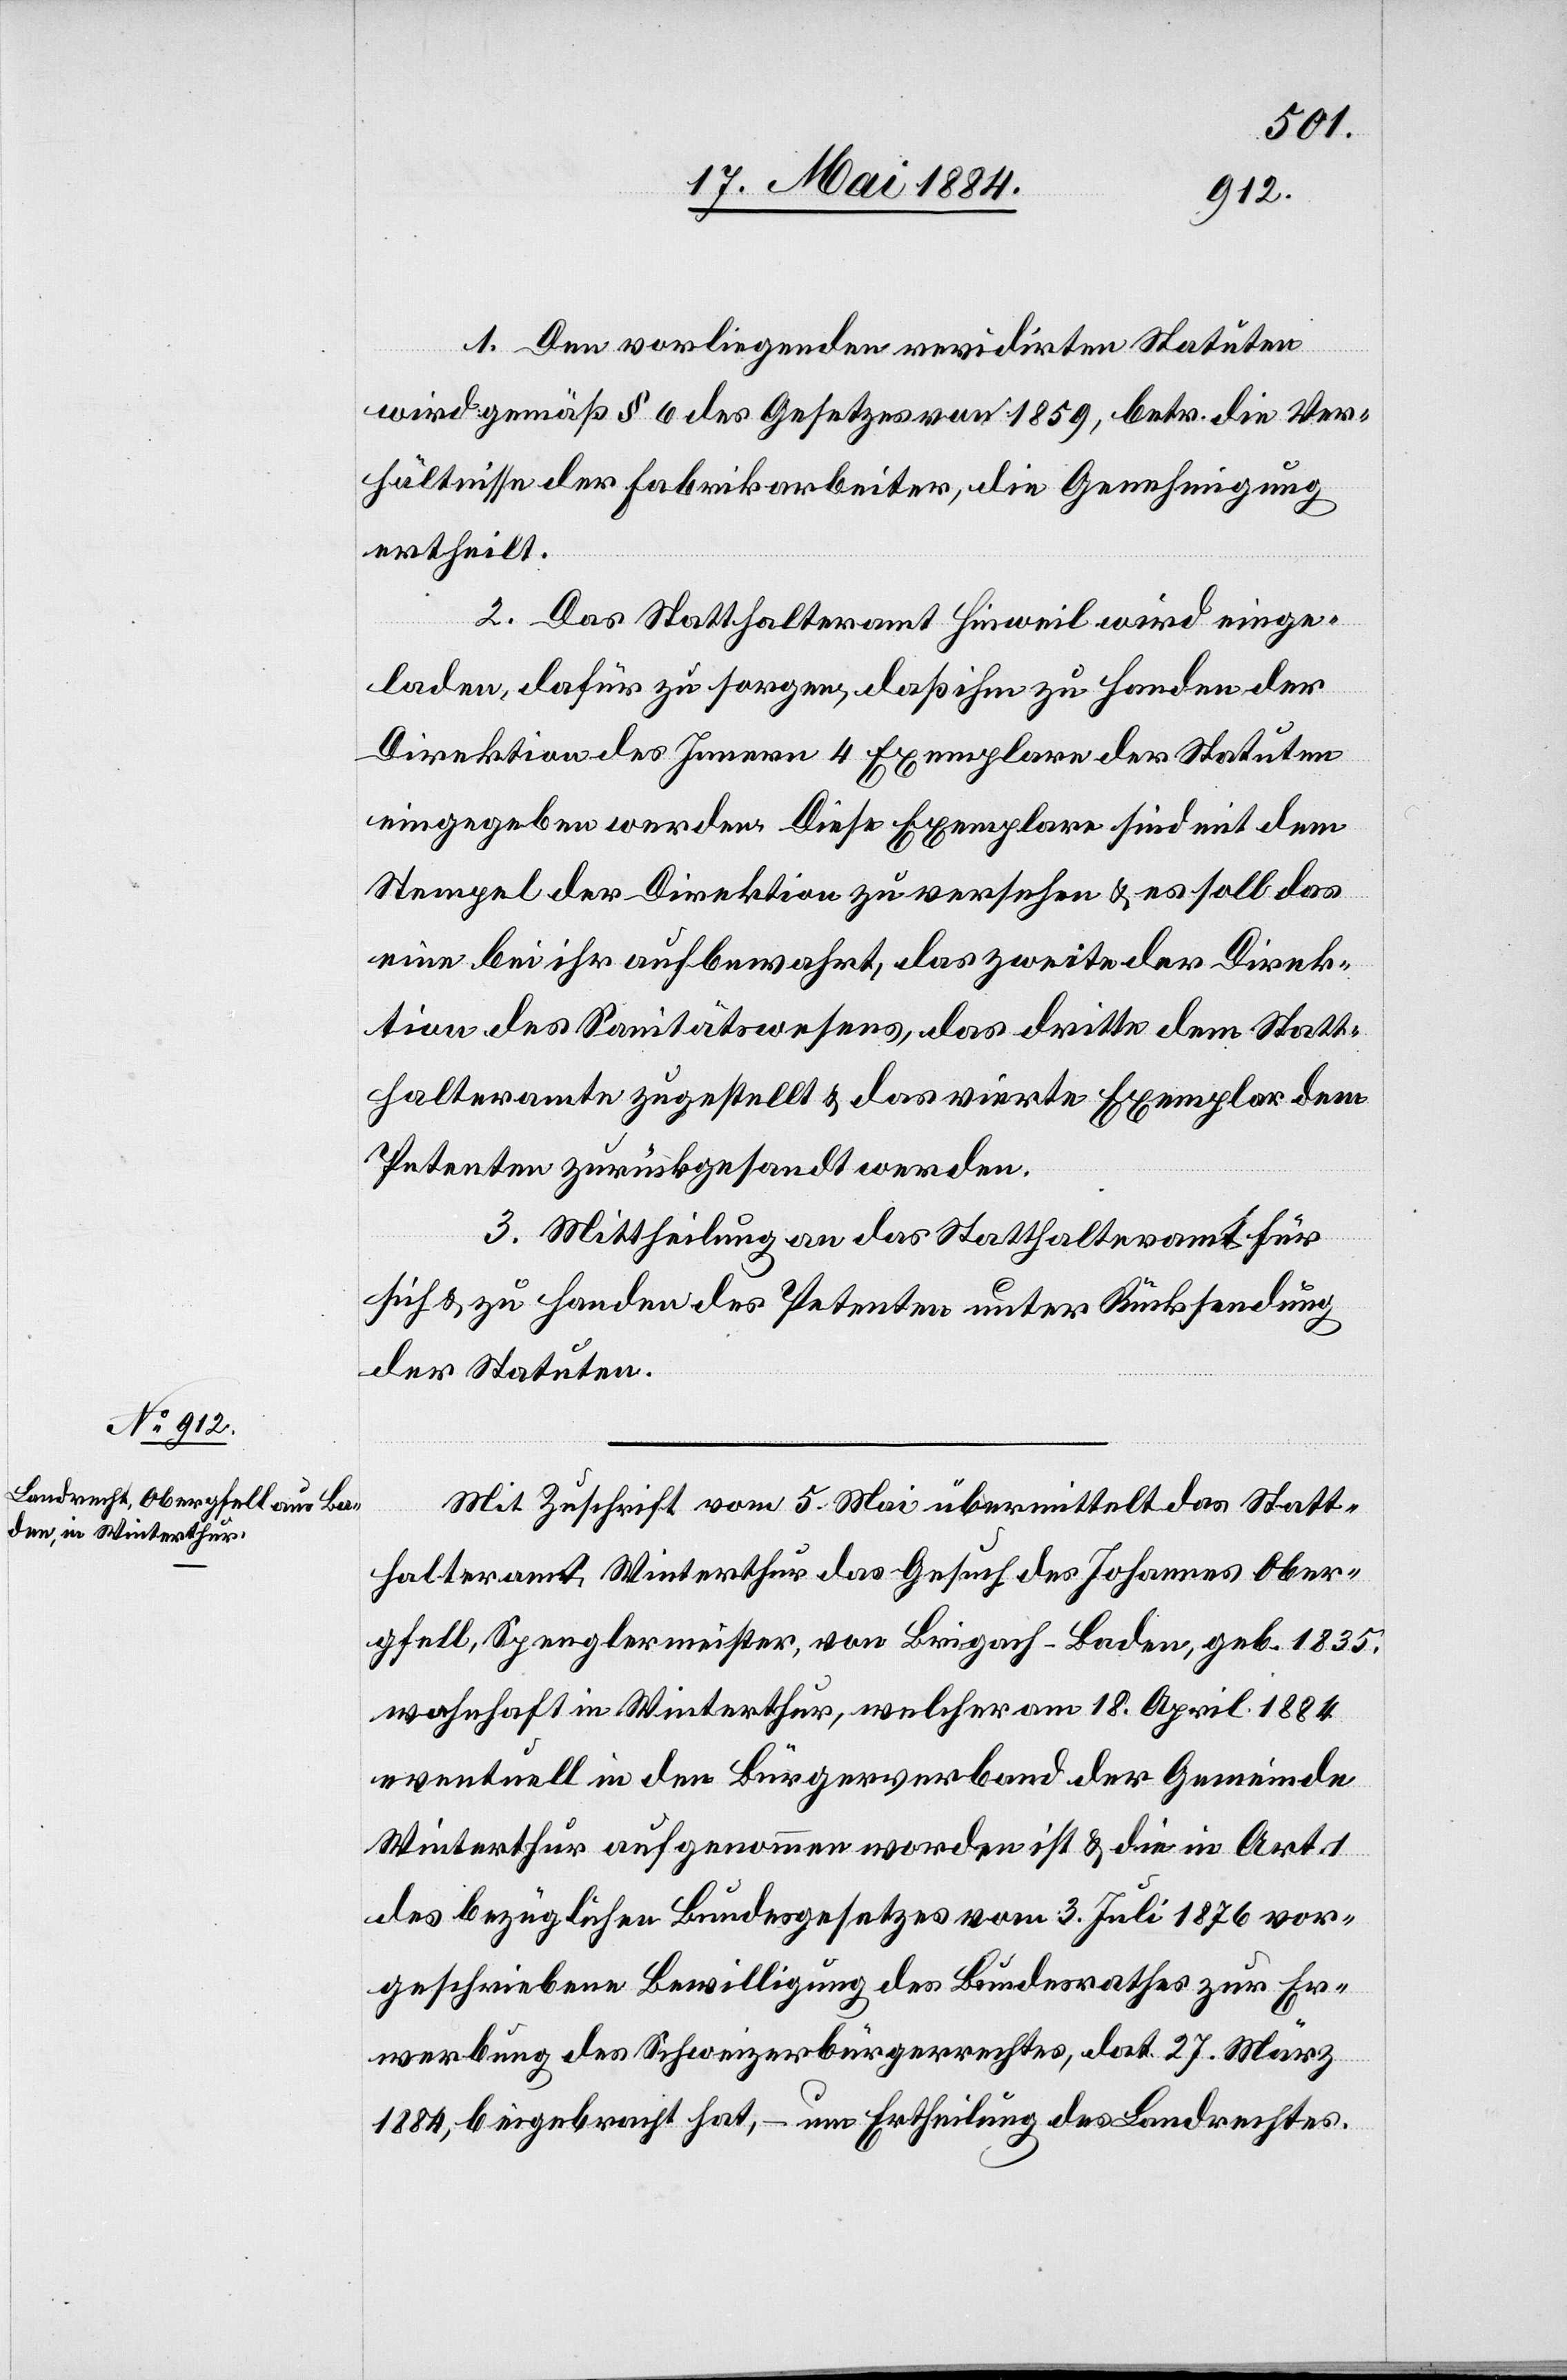
1. Den vorliegenden revidirten Statuten
wird gemäß § 6 des Gesetzes von 1859, betr. die Ver¬
hältnisse der Fabrikarbeiter, die Genehmigung
ertheilt.
2. Das Statthalteramt Hinweil wird einge¬
laden, dafür zu sorgen, daß ihm zu Handen der
Direktion des Innern 4 Exemplare der Statuten
eingegeben werden. Diese Exemplare sind mit dem
Stempel der Direktion zu versehen & es soll das
eine bei ihr aufbewahrt, das zweite der Direk¬
tion des Sanitätswesens, das dritte dem Statt¬
halteramte zugestellt & das vierte Exemplar den
Petenten zurückgesandt werden.
3. Mittheilung an das Statthalteramt für
sich & zu Handen es Petenten unter Rücksendung
der Statuten.
Mit Zuschrift vom 5. Mai übermittelt das Statt¬
halteramt Winterthur das Gesuch des Johannes Ober¬
gfell, Spenglermeister, von Brigach - Baden, geb. 1835,
wohnhaft in Winterthur, welcher am 18. April 1884
eventuell in den Bürgerverband der Gemeinde
Winterthur aufgenommen worden ist & die in Art. 1
des bezüglichen Bundesgesetzes vom 3. Juli 1876 vor¬
geschriebene Bewilligung des Bundesrathes zur Er¬
werbung des Schweizerbürgerrechtes, dat. 27. März
1884, beigebracht hat, – um Ertheilung des Landrechtes.